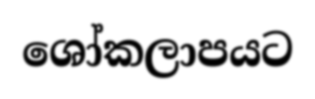
ශෝකලාපයට